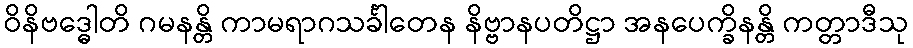
ဝိနိဗဒ္ဓေါတိ ဂမနန္တိ ကာမရာဂသင်္ခါတေန နိဗ္ဗာနပတိဋ္ဌာ အနပေက္ခိနန္တိ ကတ္တာဒီသု